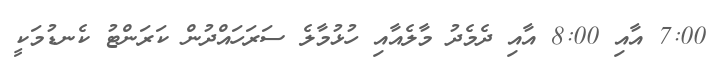
7:00 އާއި 8:00 އާއި ދެމެދު މާލެއާއި ހުޅުމާލެ ސަރަހައްދުން ކަރަންޓު ކެނޑުމަކީ